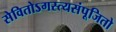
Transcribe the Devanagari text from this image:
सेवितोऽगस्त्यसंपूजितो